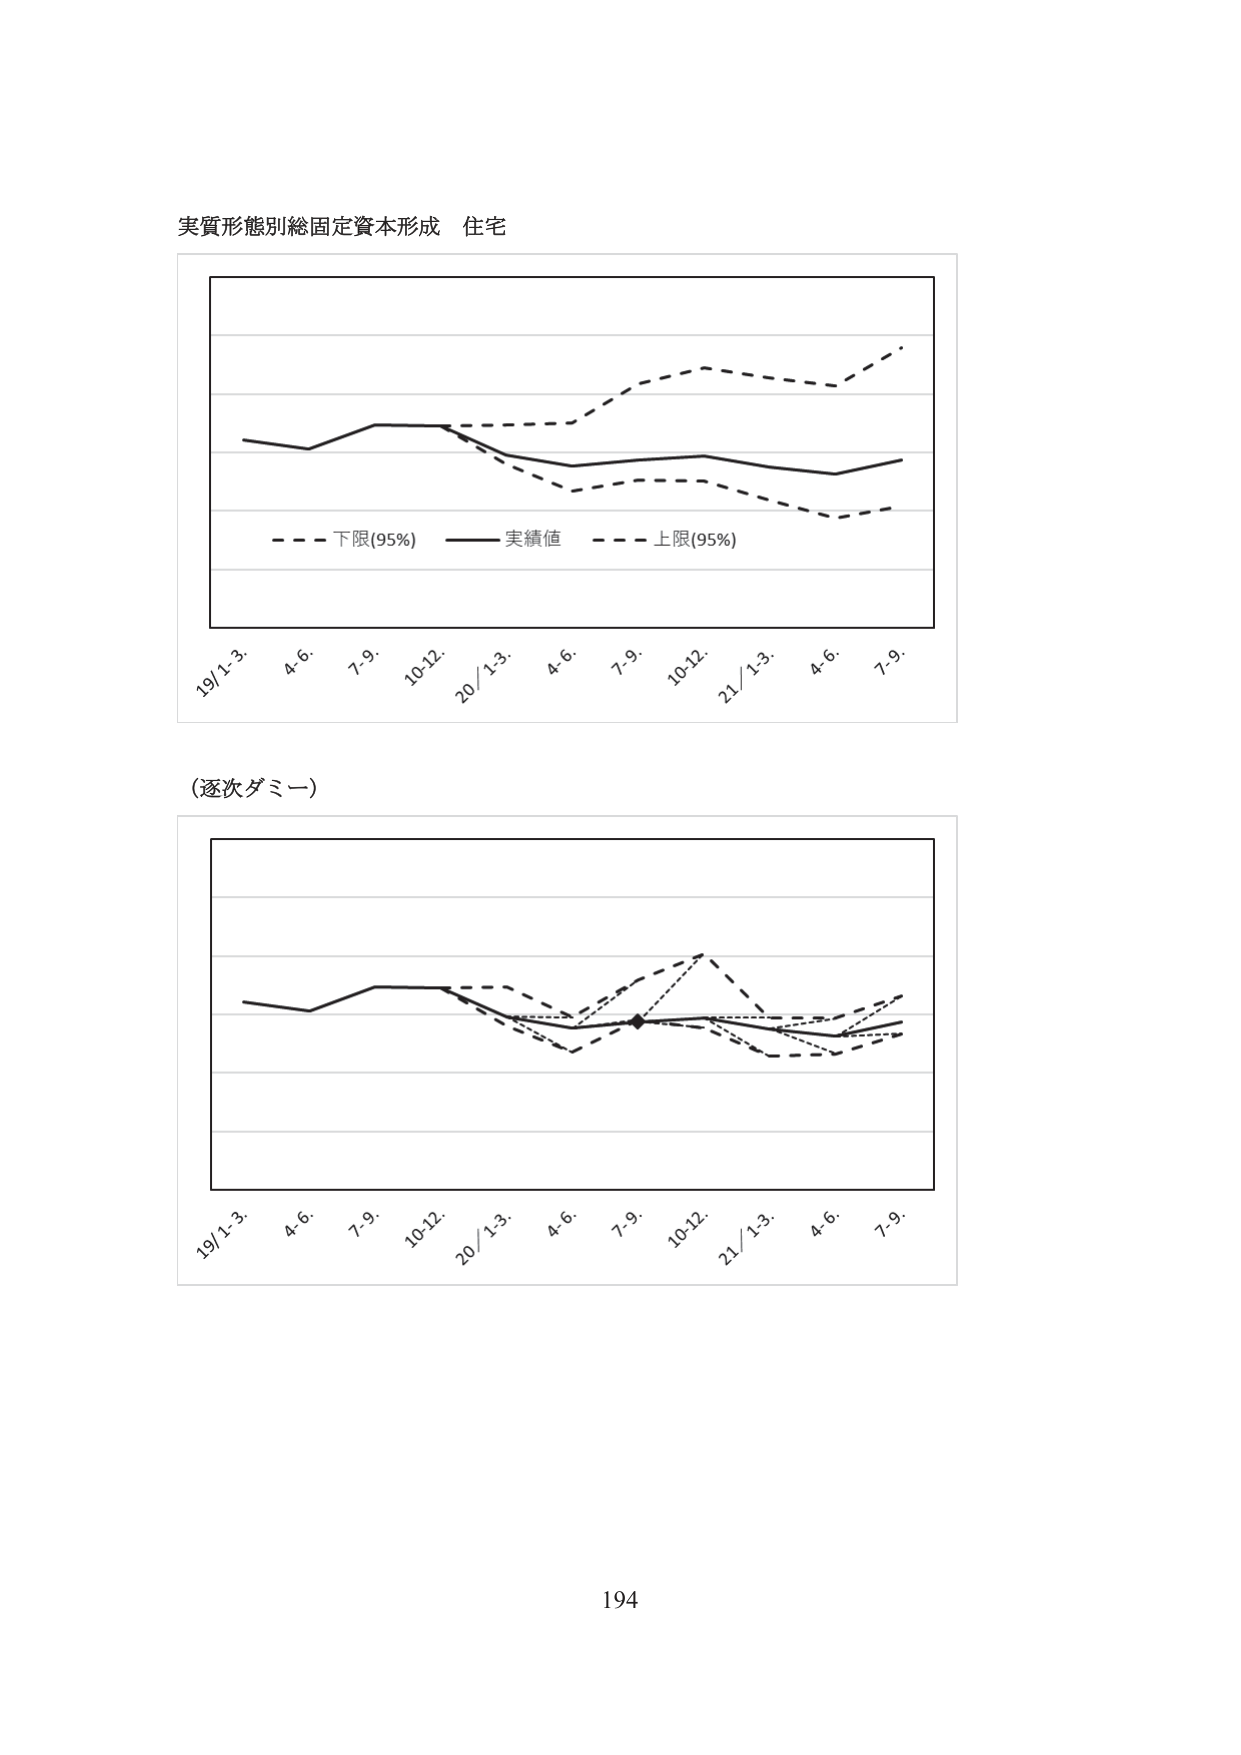
実質形態別総固定資本形成 住宅

- - - 下限(95%) —— 実績値 - - - 上限(95%)

19/1-3. 4-6. 7-9. 10-12. 20/1-3. 4-6. 7-9. 10-12. 21/1-3. 4-6. 7-9.

(逐次ダミー)

19/1-3. 4-6. 7-9. 10-12. 20/1-3. 4-6. 7-9. 10-12. 21/1-3. 4-6. 7-9.

194